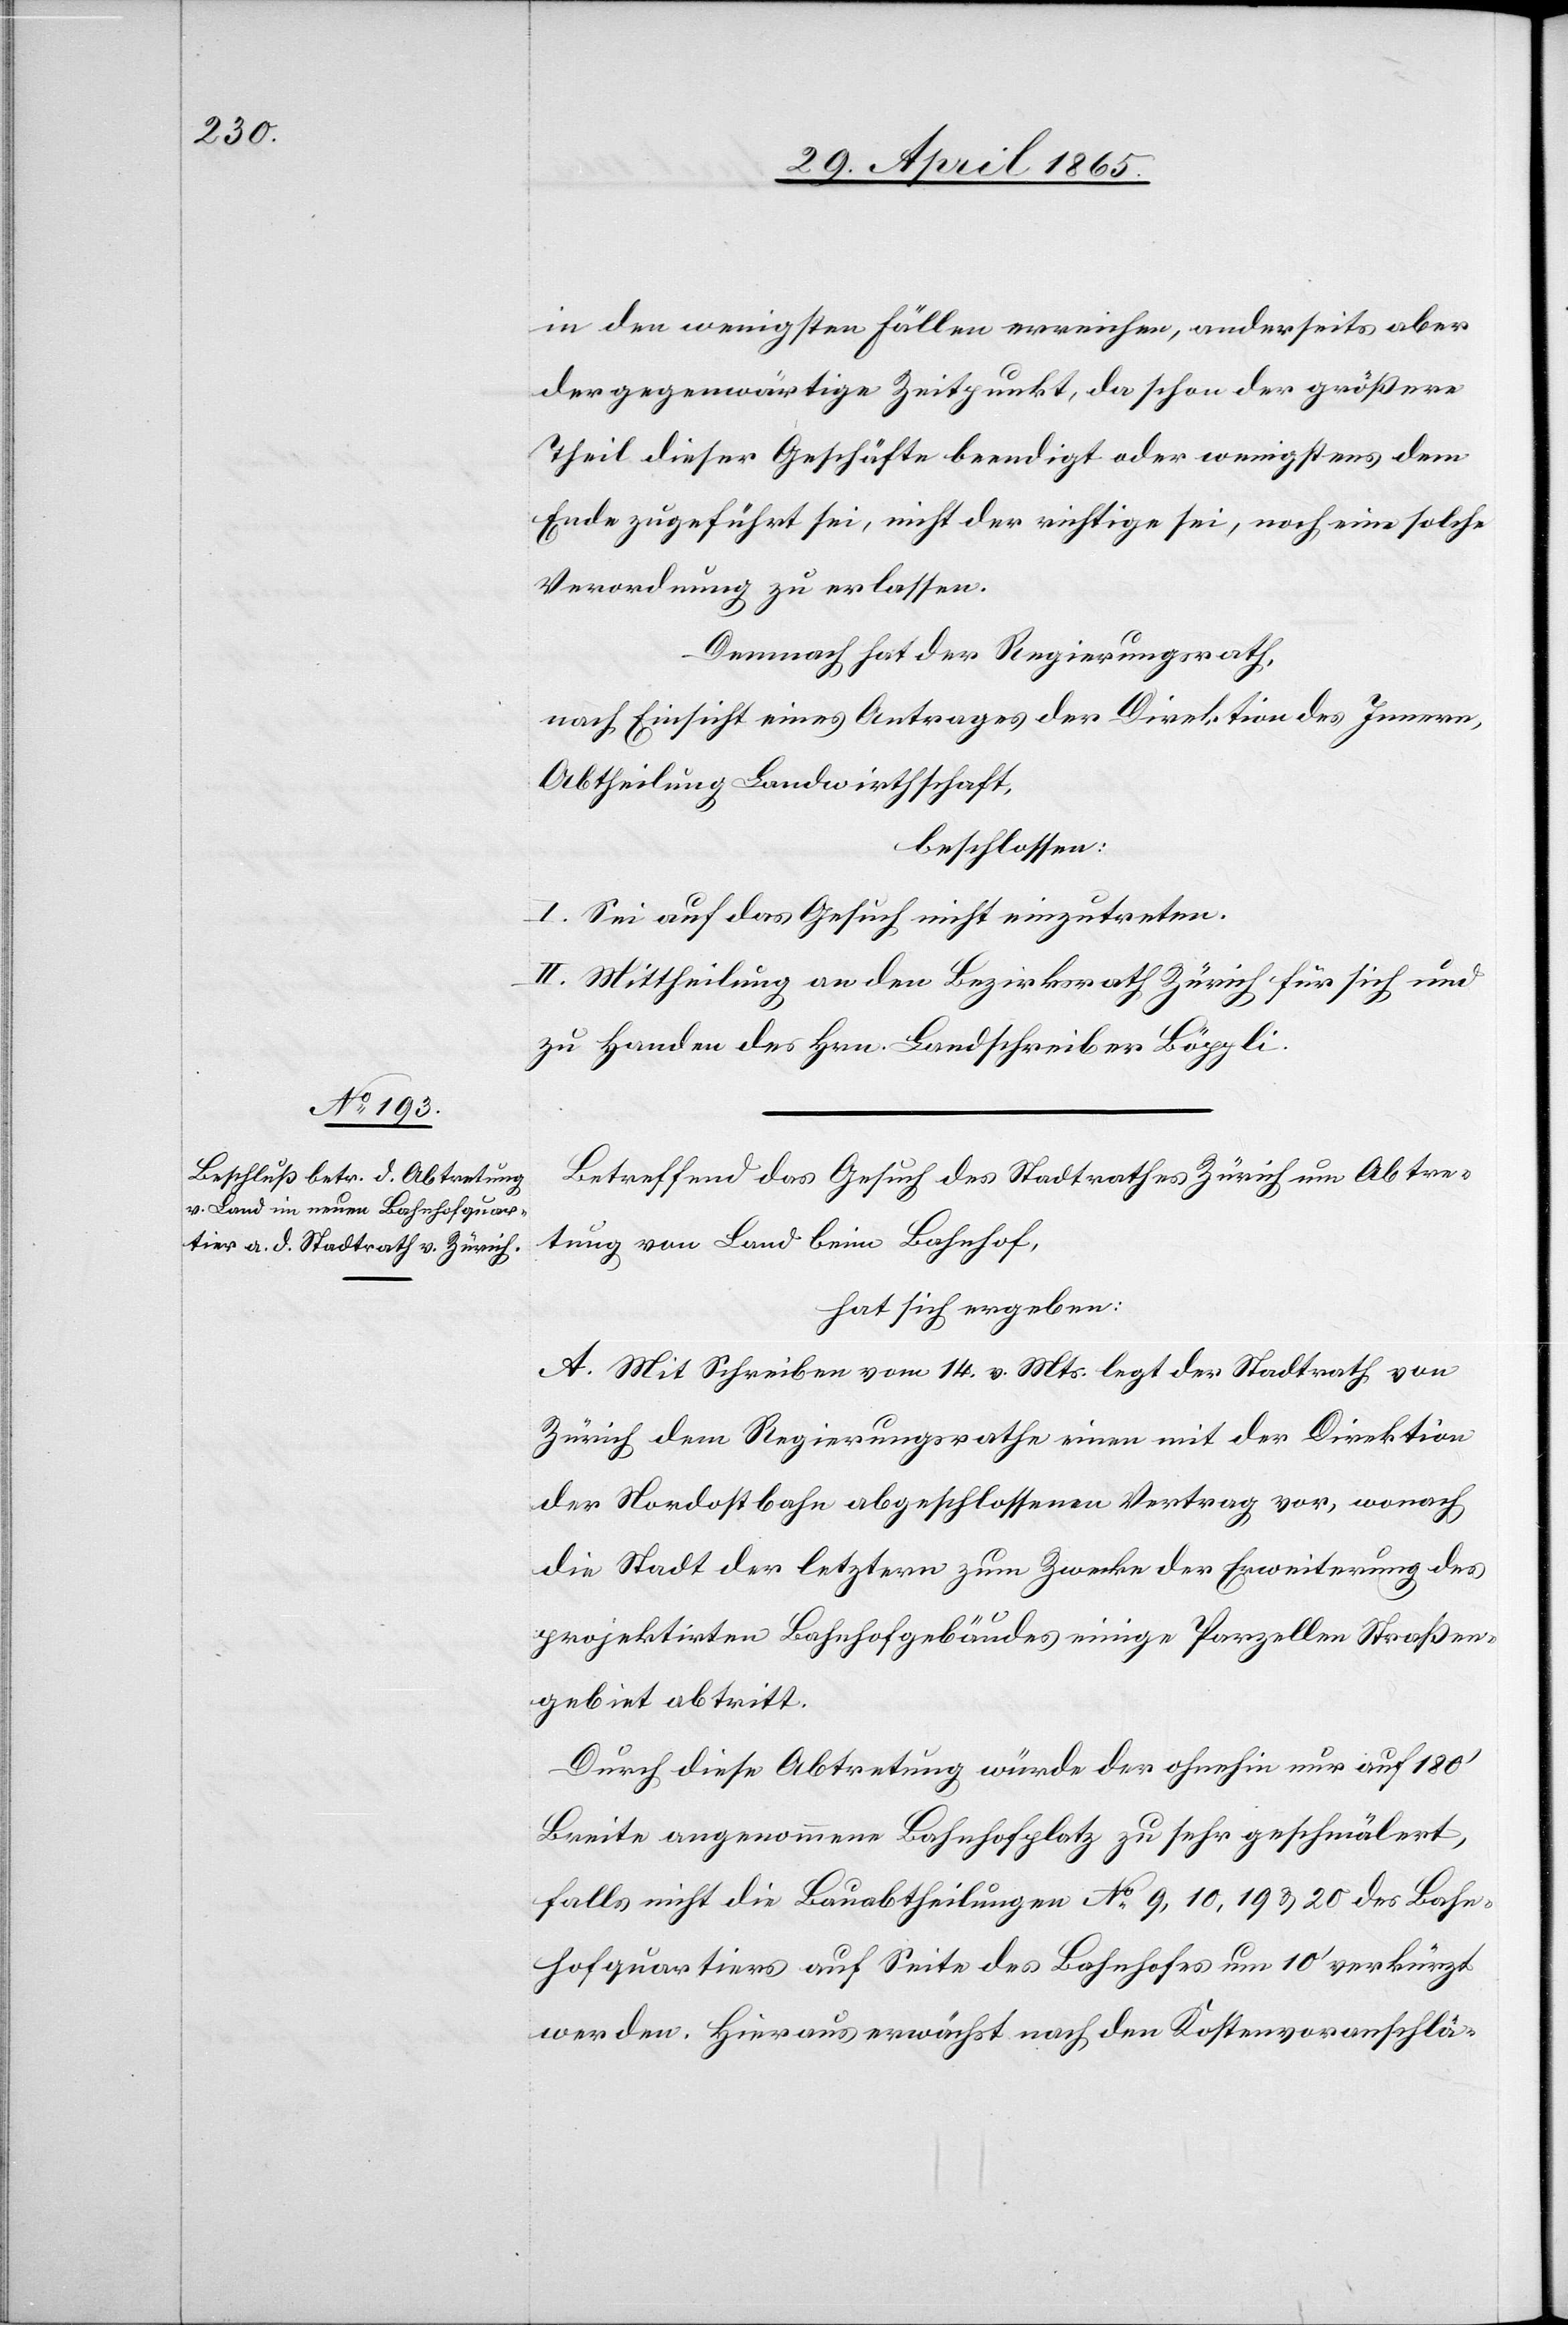
in den wenigsten Fällen erreichen, anderseits aber
der gegenwärtige Zeitpunkt, da schon der größere
Theil dieser Geschäfte beendigt oder wenigstens dem
Ende zugeführt sei, nicht der richtige sei, noch eine solche
Verordnung zu erlassen.
Demnach hat der Regierungsrath,
nach Einsicht eines Antrages der Direktion des Innern,
Abtheilung Landwirthschaft,
beschlossen:
I. Sei auf das Gesuch nicht einzutreten.
II. Mittheilung an den Bezirksrath Zürich für sich und
zu Handen des Hrn. Landschreiber Böppli.
Betreffend das Gesuch des Stadtrathes Zürich um Abtre¬
tung von Land beim Bahnhof,
hat sich ergeben:
A. Mit Schreiben vom 14. v. Mts. legt der Stadtrath von
Zürich dem Regierungsrathe einen mit der Direktion
der Nordostbahn abgeschlossenen Vertrag vor, wonach
die Stadt der letztern zum Zwecke der Erweiterung des
projektirten Bahnhofgebäudes einige Parzellen Straßen¬
gebiet abtritt.
Durch diese Abtretung würde der ohnehin nur auf 180’
Breite angenommene Bahnhofplatz zu sehr geschmälert,
falls nicht die Bauabtheilungen No 9, 10, 19 & 20 des Bahn¬
hofquartiers auf Seite des Bahnhofes um 10’ verkürzt
werden. Hieraus erwächst nach den Kostenvoranschlä-